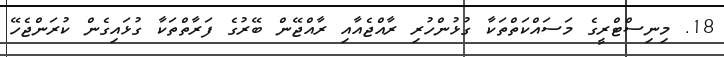
18. މިނިސްޓްރީގެ މަސައްކަތްތަކާ ގުޅުންހުރި ރާއްޖެއާއި ރާއްޖޭން ބޭރުގެ ފަރާތްތަކާ ގުޅައިގެން ކުރަންޖެހޭ